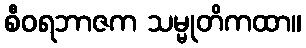
စီဝရဘာဇက သမ္မုတိကထာ။